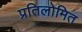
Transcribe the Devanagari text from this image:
प्रतिलोमित